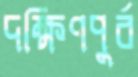
দক্ষিণপুর্ব